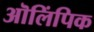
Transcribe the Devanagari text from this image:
ऒलिंपिक